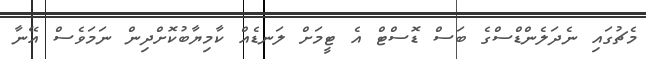
މެޗުގައި ނެދަލެންޑްސްގެ ބަސް ޑޮސްޓް އެ ޓީމަށް ލަނޑެއް ކާމިޔާބުކޮށްދިން ނަމަވެސް އޭނާ